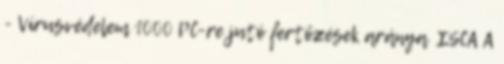
- Vírusvédelem 1000 PC-re jutó fertőzések aránya ISCA A